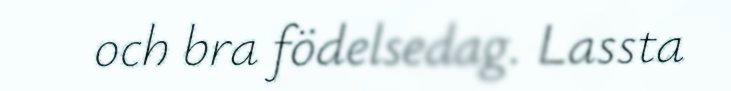
och bra födelsedag. Lassta